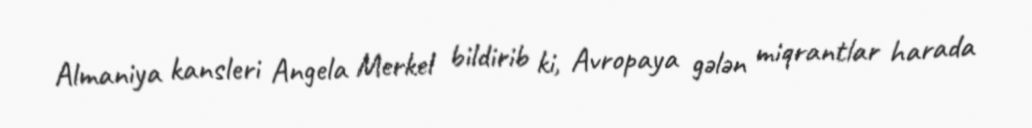
Almaniya kansleri Angela Merkel bildirib ki, Avropaya gələn miqrantlar harada